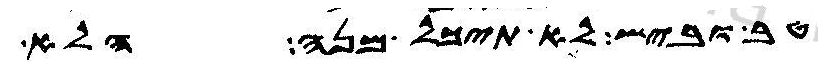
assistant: טב וביש לא תיכל מנה הלא